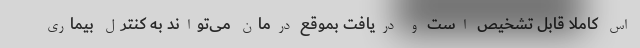
اس کاملا قابل‌ تشخیص است و دریافت بموقع درمان می‌تواند به کنترل بیماری